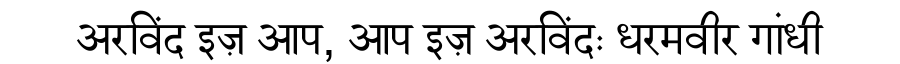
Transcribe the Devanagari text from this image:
अरविंद इज़ आप, आप इज़ अरविंदः धरमवीर गांधी